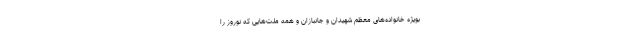
بویژه خانواده‌های معظم شهیدان و جانبازان و همه ملت‌هایی که نوروز را